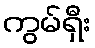
ကွမ်ရှီး